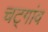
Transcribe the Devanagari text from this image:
चट्गांव